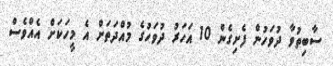
ސާބިތުވާ ދުވަހުން ފެށިގެން 10 އަހަރު ދުވަހުގެ މުއްދަތަށް އެ މީހަކަށް އެއްވެސް